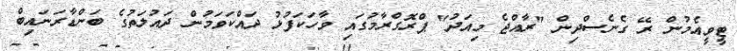
ޓީވީއެމުން ރޭ ގެނެސްދިން "ރާއްޖެ މިއަދު" ޕްރޮގްރާމުގައި ވާހަކަފުޅު ދައްކަވަމުން ދައުލަތުގެ ބަންޑާރަނައިބް